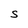
Character: S